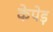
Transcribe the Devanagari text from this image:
केपेड़